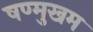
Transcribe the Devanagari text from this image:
षण्मुखम